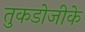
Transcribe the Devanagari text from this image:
तुकडोजीके